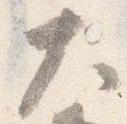
大